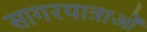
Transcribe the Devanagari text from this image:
सागरयात्राओं